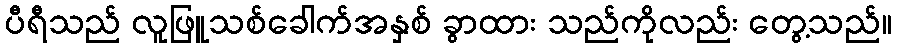
ပီရီသည် လူဖြူသစ်ခေါက်အနှစ် ခွာထား သည်ကိုလည်း တွေ့သည်။